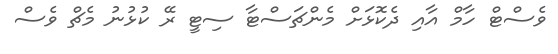
ވެސްޓް ހާމް އާއި ދެކޮޅަށް މެންޗަސްޓާ ސިޓީ ރޭ ކުޅުނު މެޗް ވެސް